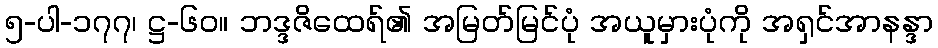
၅-ပါ-၁၇၇၊ ဋ္ဌ-၆၀။ ဘဒ္ဒဇိထေရ်၏ အမြတ်မြင်ပုံ အယူမှားပုံကို အရှင်အာနန္ဒာ